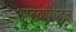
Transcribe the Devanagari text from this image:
आठवणींबद्दल